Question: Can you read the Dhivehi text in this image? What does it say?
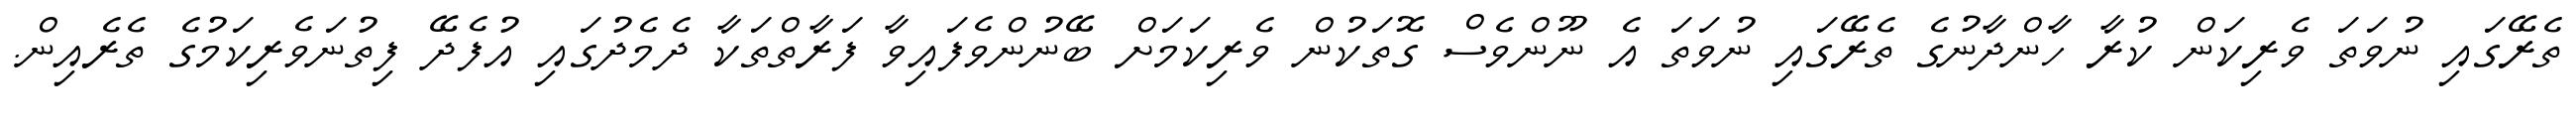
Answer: ތެރޭގައި ނުވަތަ ވެރިކަން ކުރާ ހާންދާނުގެ ތެރޭގައި ނުވަތަ އެ ނޫންވެސް ގޮތަކުން ވެރިކަމަށް ބޭނުންވެފައިވާ ފަރާތްތަކާ ދެމެދުގައި އުފެދޭ ފިތުނަވެރިކަމުގެ ތެރެއިން.